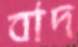
বাদ